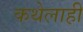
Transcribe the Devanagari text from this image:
कथेलाही